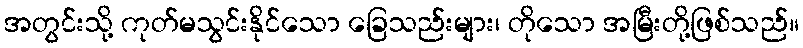
အတွင်းသို့ ကုတ်မသွင်းနိုင်သော ခြေသည်းများ၊ တိုသော အမြီးတို့ဖြစ်သည်။